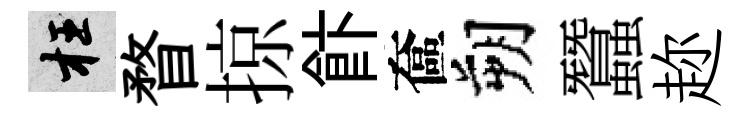
枉瞀掠飰奩朔蠶趂